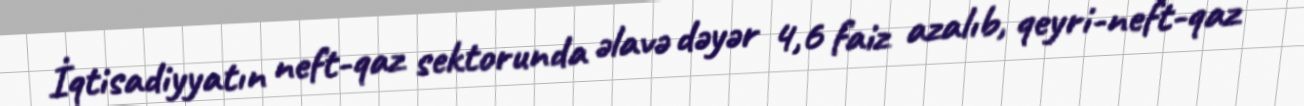
İqtisadiyyatın neft-qaz sektorunda əlavə dəyər 4,6 faiz azalıb, qeyri-neft-qaz